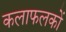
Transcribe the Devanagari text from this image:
कलाफलकों